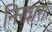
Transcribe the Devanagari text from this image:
निखार।